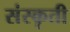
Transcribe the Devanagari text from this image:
संस्कृती